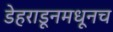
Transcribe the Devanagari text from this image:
डेहराडूनमधूनच